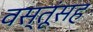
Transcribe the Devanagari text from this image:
वस्तूंसह